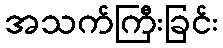
အသက်ကြီးခြင်း